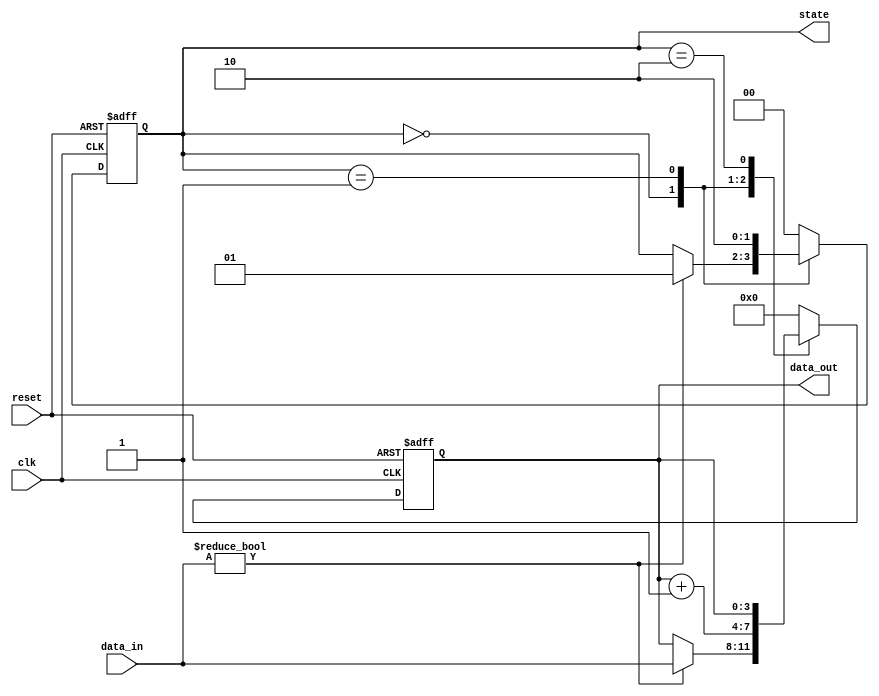
module sequential_logic (
    input wire clk,               // Clock input
    input wire reset,             // Asynchronous reset input
    input wire [3:0] data_in,     // 4-bit input signal
    output reg [3:0] data_out,     // 4-bit output signal
    output reg [1:0] state        // 2-bit state output
);

// State encoding
localparam STATE_IDLE = 2'b00, 
           STATE_PROCESS = 2'b01, 
           STATE_DONE = 2'b10;

// Sequential logic block
always @(posedge clk or posedge reset) begin
    if (reset) begin
        // Reset conditions
        data_out <= 4'b0000; // Initialize output to 0
        state <= STATE_IDLE;  // Set state to IDLE on reset
    end else begin
        // State transition logic
        case (state)
            STATE_IDLE: begin
                if (data_in != 4'b0000) begin
                    data_out <= data_in; // Load input data
                    state <= STATE_PROCESS; // Transition to PROCESS state
                end
            end
            
            STATE_PROCESS: begin
                // Example processing logic (e.g., incrementing input)
                data_out <= data_out + 1;
                state <= STATE_DONE; // Transition to DONE state
            end
            
            STATE_DONE: begin
                // Return to IDLE after processing
                state <= STATE_IDLE; 
            end
            
            default: begin
                // Default case to handle unexpected states
                data_out <= 4'b0000;
                state <= STATE_IDLE;
            end
        endcase
    end
end

endmodule